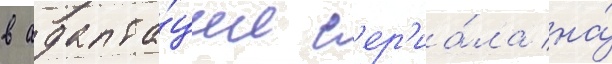
в адапта́ции с'ер'иа́ла на́